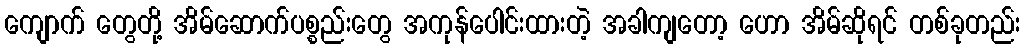
ကျောက် တွေတို့ အိမ်ဆောက်ပစ္စည်းတွေ အကုန်ပေါင်းထားတဲ့ အခါကျတော့ ဟော အိမ်ဆိုရင် တစ်ခုတည်း